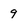
Character: 9